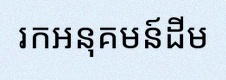
រកអនុគមន៍ដើម